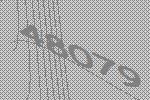
48079